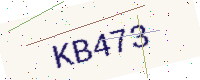
Text: KB473